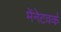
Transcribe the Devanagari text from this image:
मेंनेटवर्क